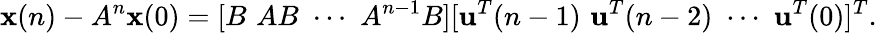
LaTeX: {\textbf{x}}(n)-A^{n}{\textbf{x}}(0)=[B\, \, AB\, \, \cdots\, \, A^{n-1}B][{\textbf{u}}^{T}(n-1)\, \, {\textbf{u}}^{T}(n-2)\, \, \cdots\, \, {\textbf{u}}^{T}(0)]^{T}.